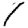
Digit: 1